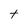
Character: t